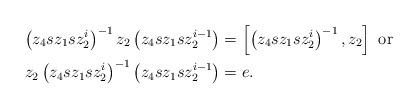
LaTeX: \begin{align*}\left(z_{4}sz_{1}sz_{2}^{i}\right)^{-1}z_{2}\left(z_{4}sz_{1}sz_{2}^{i-1}\right)&=\left[\left(z_{4}sz_{1}sz_{2}^{i}\right)^{-1},z_{2}\right] \mbox{ or}\\z_{2}\left(z_{4}sz_{1}sz_{2}^{i}\right)^{-1}\left(z_{4}sz_{1}sz_{2}^{i-1}\right)&=e.\end{align*}